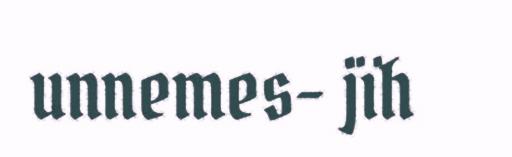
unnemes- jïh